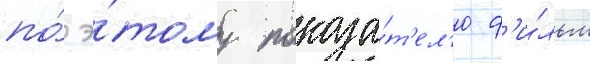
по́ э́тому показа́т'ел'ю ф'и́льм